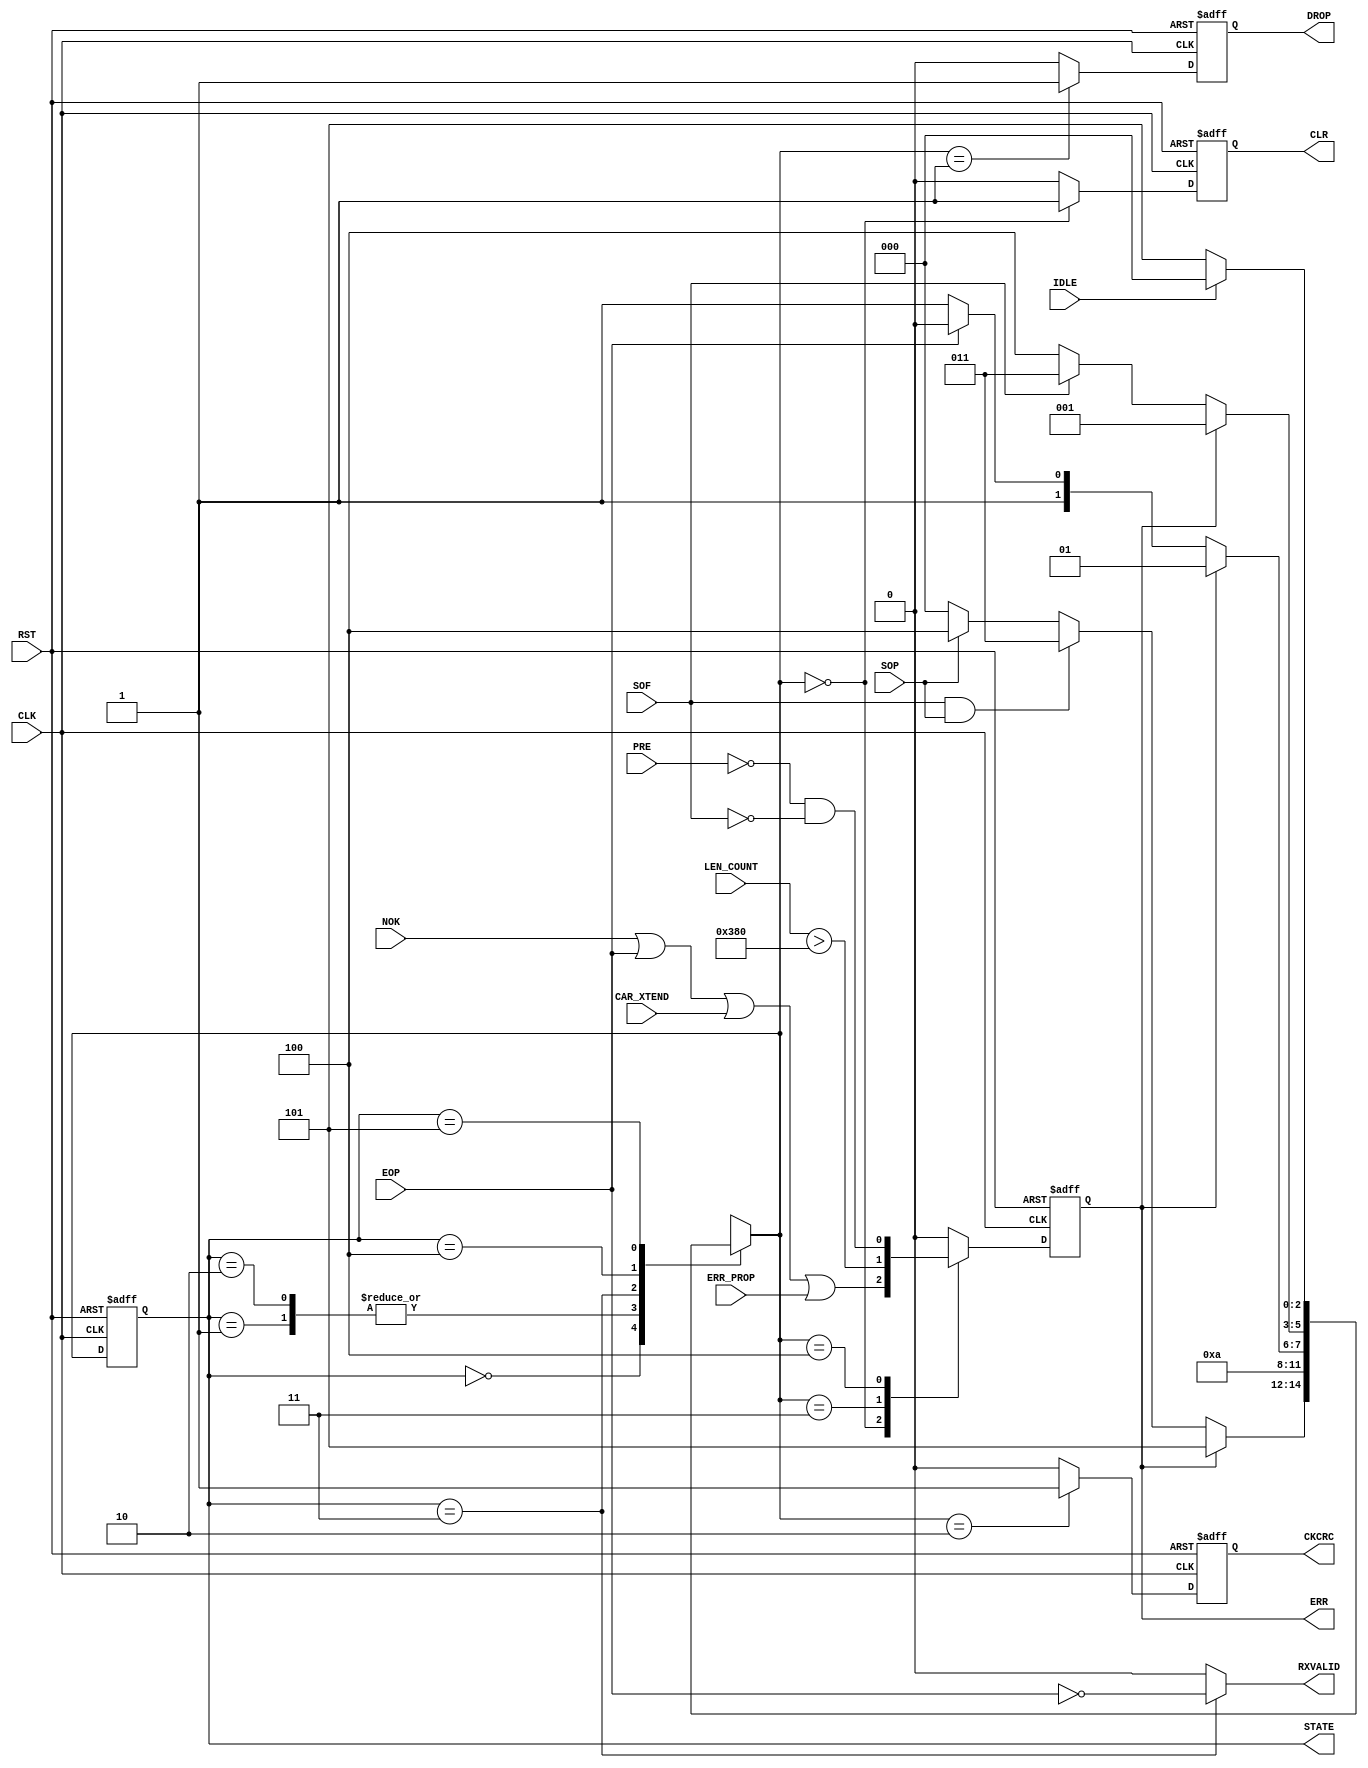

// Created by fizzim.pl version 4.41 on 2012:11:13 at 14:36:17 (www.fizzim.com)

module pkt_proc 
  #(
    parameter MAX_COUNT = 896
  )(
  output reg CKCRC,
  output reg CLR,
  output reg DROP,
  output reg ERR,
  output reg RXVALID,
  output wire [2:0] STATE,
  input CAR_XTEND,
  input CLK,
  input EOP,
  input ERR_PROP,
  input IDLE,
  input wire [11:0] LEN_COUNT,
  input NOK,
  input PRE,
  input RST,
  input SOF,
  input SOP 
);
  
  // state bits
  localparam 
  Wait_for_Pkt  = 3'b000, 
  Bad_Pkt       = 3'b001, 
  CkCRC         = 3'b010, 
  Payload       = 3'b011, 
  Preamble      = 3'b100, 
  Wait_for_Idle = 3'b101; 
  
  reg [2:0] state;
  assign STATE = state;
  reg [2:0] nextstate;
  
  // comb always block
  always @* begin
    nextstate = 3'bxxx; // default to x because default_state_is_x is set
    RXVALID = 0; // default
    case (state)
      Wait_for_Pkt : if      (ERR)         nextstate = Wait_for_Idle;
                     else if (SOF && SOP)  nextstate = Payload;
                     else if (SOP)         nextstate = Preamble;
                     else                  nextstate = Wait_for_Pkt;
      Bad_Pkt      :                       nextstate = Wait_for_Idle;
      CkCRC        :                       nextstate = Wait_for_Idle;
      Payload      : begin
                                           RXVALID = !EOP;
        if                   (ERR)         nextstate = Bad_Pkt;
        else if              (EOP)         nextstate = CkCRC;
        else                               nextstate = Payload;
      end
      Preamble     : if      (ERR)         nextstate = Bad_Pkt;
                     else if (SOF)         nextstate = Payload;
                     else                  nextstate = Preamble;
      Wait_for_Idle: if      (IDLE)        nextstate = Wait_for_Pkt;
                     else                  nextstate = Wait_for_Idle;
    endcase
  end
  
  // Assign reg'd outputs to state bits
  
  // sequential always block
  always @(posedge CLK or posedge RST) begin
    if (RST)
      state <= Wait_for_Pkt;
    else
      state <= nextstate;
  end
  
  // datapath sequential always block
  always @(posedge CLK or posedge RST) begin
    if (RST) begin
      CKCRC <= 0;
      CLR <= 0;
      DROP <= 0;
      ERR <= 0;
    end
    else begin
      CKCRC <= 0; // default
      CLR <= 0; // default
      DROP <= 0; // default
      ERR <= 0; // default
      case (nextstate)
        Wait_for_Pkt : begin
                              CLR <= 1;
                              ERR <= NOK || EOP || CAR_XTEND || ERR_PROP;
        end
        Bad_Pkt      :        DROP <= 1;
        CkCRC        :        CKCRC <= 1;
        Payload      :        ERR <= LEN_COUNT > MAX_COUNT;
        Preamble     :        ERR <= !PRE && !SOF;
      endcase
    end
  end
  
  // This code allows you to see state names in simulation
  `ifndef SYNTHESIS
  reg [103:0] statename;
  always @* begin
    case (state)
      Wait_for_Pkt : statename = "Wait_for_Pkt";
      Bad_Pkt      : statename = "Bad_Pkt";
      CkCRC        : statename = "CkCRC";
      Payload      : statename = "Payload";
      Preamble     : statename = "Preamble";
      Wait_for_Idle: statename = "Wait_for_Idle";
      default      : statename = "XXXXXXXXXXXXX";
    endcase
  end
  `endif

endmodule